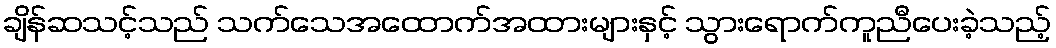
ချိန်ဆသင့်သည် သက်သေအထောက်အထားများနှင့် သွားရောက်ကူညီပေးခဲ့သည့်